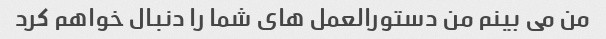
من می بینم من دستورالعمل های شما را دنبال خواهم کرد